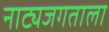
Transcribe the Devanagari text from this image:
नाट्यजगताला